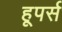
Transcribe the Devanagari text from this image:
हूपर्स